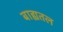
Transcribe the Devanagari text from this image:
बाह्यतल